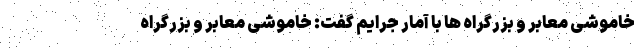
خاموشی معابر و بزرگراه ها با آمار جرایم گفت: خاموشی معابر و بزرگراه